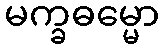
မက္ခဓမ္မော